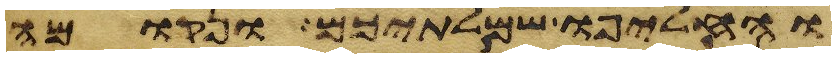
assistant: והחליפו שמלתיכם ונקומה